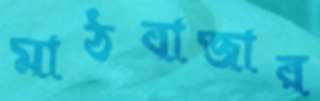
মাঠবাজার